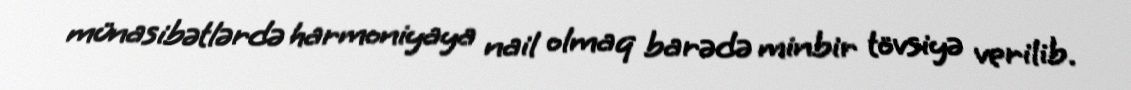
münasibətlərdə harmoniyaya nail olmaq barədə minbir tövsiyə verilib.